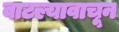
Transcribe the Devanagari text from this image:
वाटल्यावाचून